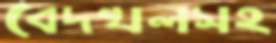
বেদখলসহ